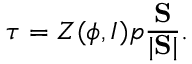
\boldsymbol { \tau } = Z ( \phi , I ) p \frac { \mathrm { \bf S } } { | \mathrm { \bf S } | } .